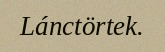
Lánctörtek.